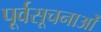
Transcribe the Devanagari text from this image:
पूर्वसूचनाओं